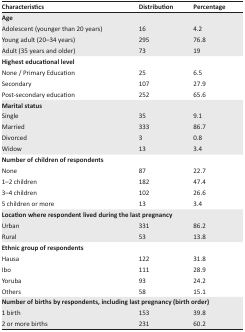
| Characteristics | Distribution | Percentage |
 | --- | --- | --- |
 | <COLSPAN=3> Age |
 | Adolescent (younger than 20 years) | 16 | 4.2 |
 | Young adult (20–34 years) | 295 | 76.8 |
 | Adult (35 years and older) | 73 | 19 |
 | <COLSPAN=3> Highest educational level |
 | None / Primary Education | 25 | 6.5 |
 | Secondary | 107 | 27.9 |
 | Post-secondary education | 252 | 65.6 |
 | <COLSPAN=3> Marital status |
 | Single | 35 | 9.1 |
 | Married | 333 | 86.7 |
 | Divorced | 3 | 0.8 |
 | Widow | 13 | 3.4 |
 | <COLSPAN=3> Number of children of respondents |
 | None | 87 | 22.7 |
 | 1–2 children | 182 | 47.4 |
 | 3–4 children | 102 | 26.6 |
 | 5 children or more | 13 | 3.4 |
 | <COLSPAN=3> Location where respondent lived during the last pregnancy |
 | Urban | 331 | 86.2 |
 | Rural | 53 | 13.8 |
 | <COLSPAN=3> Ethnic group of respondents |
 | Hausa | 122 | 31.8 |
 | Ibo | 111 | 28.9 |
 | Yoruba | 93 | 24.2 |
 | Others | 58 | 15.1 |
 | <COLSPAN=3> Number of births by respondents, including last pregnancy (birth order) |
 | 1 birth | 153 | 39.8 |
 | 2 or more births | 231 | 60.2 |